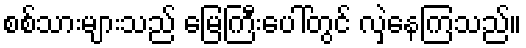
စစ်သားများသည် မြေကြီးပေါ်တွင် လှဲနေကြသည်။